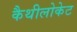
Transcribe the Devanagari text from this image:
कैथीलोकेट